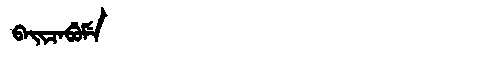
Manchu: ᠪᠠᡳᠴᠠᠪᡠᠮᡝ
Romanization: BAICABUME